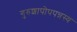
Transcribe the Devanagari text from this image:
गुरुशापोपपन्नस्य